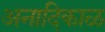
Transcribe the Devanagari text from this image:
अनादिकाळ